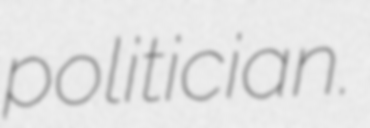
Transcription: politician.